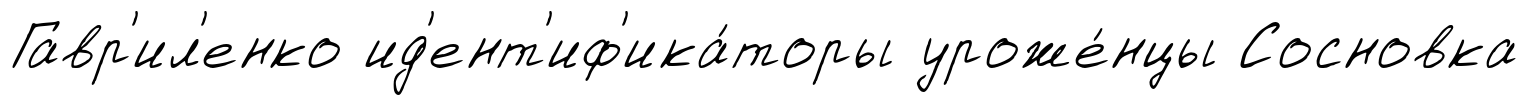
Гавр'ил'енко ид'ент'иф'ика́торы уроже́нцы Сосновка